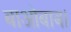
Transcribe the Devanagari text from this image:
बाओबाब।